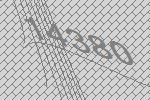
14380